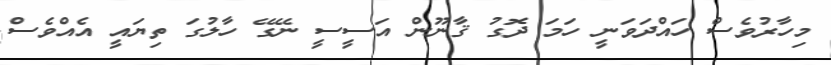
މިހާރުވެސް ހައްދަވަނީ ހަމަ ދޮގު ޤާނޫން އަސީސީ ނޭގޭ ހާލުގަ ތިޔައީ އެއްވެސް